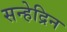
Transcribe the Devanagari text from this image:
सन्हेद्रिन